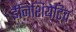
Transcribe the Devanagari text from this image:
ईनिशियेटिव